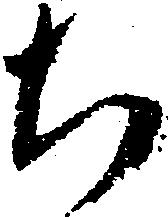
ち